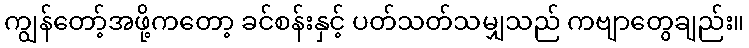
ကျွန်တော့်အဖို့ကတော့ ခင်စန်းနှင့် ပတ်သတ်သမျှသည် ကဗျာတွေချည်း။